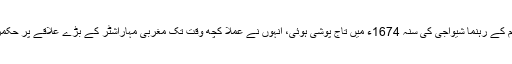
مرہٹہ قوم کے رہنما شیواجی کی سنہ 1674ء میں تاج پوشی ہوئی، انہوں نے عملاً کچھ وقت تک مغربی مہاراشٹر کے بڑے علاقے پر حکمرانی کی۔